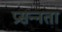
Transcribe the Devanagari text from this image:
प्रसन्‍नता